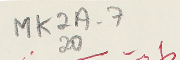
MK2A-7 20